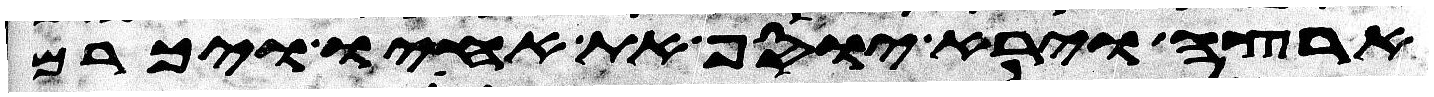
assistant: ארצה וירא יוסף את אחיו ויכרם